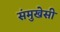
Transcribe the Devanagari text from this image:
संमुखेसी